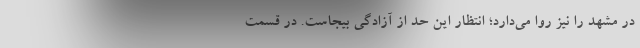
در مشهد را نیز روا می‌دارد؛ انتظار این حد از آزادگی بیجاست. در قسمت